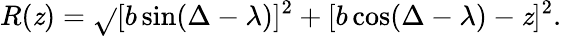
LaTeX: R(\mathit{z})=\sqrt{}{{[b\sin(\Delta-\lambda)]^{2}+[b\cos(\Delta-\lambda)-\mathit{z}]^{2}}}.